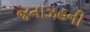
જનાઝહની